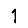
Digit: 1